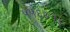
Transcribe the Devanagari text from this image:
५५६७१६